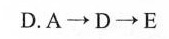
D.A\longrightarrow D \longrightarrow E